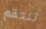
تنتقم